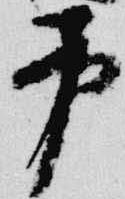
弔